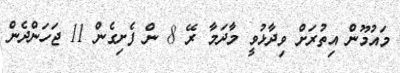
މައުމޫން އިތުރަށް ވިދާޅުވީ މާދަމާ ރޭ 8 ން ފެށިގެން 11 ޖަހަންދެން